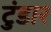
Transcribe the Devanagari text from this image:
टुंडार